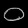
Digit: ၀